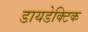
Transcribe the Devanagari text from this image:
डायडेक्टिक